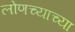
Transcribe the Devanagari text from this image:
लोणच्याच्या